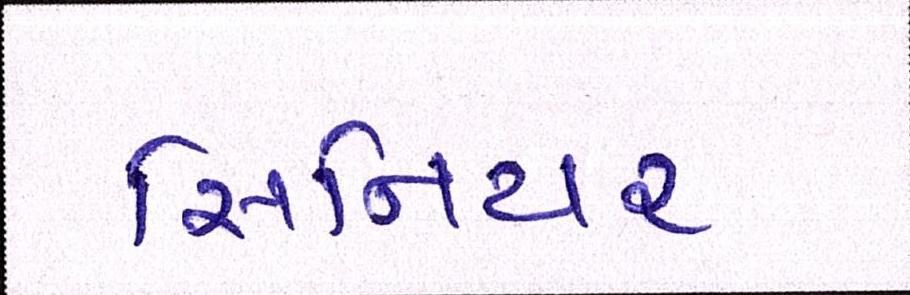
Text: સિનિયર